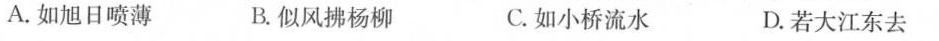
A.如旭日喷薄 B.似风拂杨柳 C.如小桥流水 D.若大江东去